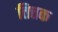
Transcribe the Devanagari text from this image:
तित्तक